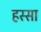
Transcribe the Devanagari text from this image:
हस्सा